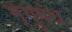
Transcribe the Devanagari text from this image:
भृगुपंथ